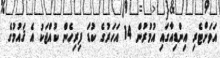
އަވަށްޓެރި އިންޑިއާގައި އުމުރުން 14 އަހަރުގެ ކުޑަ ފިރިހެން ކުއްޖަކު އެ ޤައުމުގެ